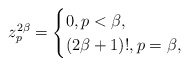
\begin{align*}z_p^{2\beta}=\begin{cases}0,p<\beta,\\(2\beta+1)!, p=\beta,\end{cases}\end{align*}